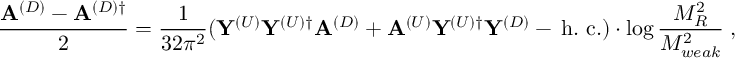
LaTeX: \frac { { \bf A } ^ { ( D ) } - { \bf A } ^ { ( D ) \dagger } } { 2 } = \frac { 1 } { 3 2 \pi ^ { 2 } } ( { \bf Y } ^ { ( U ) } { \bf Y } ^ { ( U ) \dagger } { \bf A } ^ { ( D ) } + { \bf A } ^ { ( U ) } { \bf Y } ^ { ( U ) \dagger } { \bf Y } ^ { ( D ) } - \, \mathrm { h . ~ c . } ) \cdot \log { \frac { M _ { R } ^ { 2 } } { M _ { w e a k } ^ { 2 } } } \; , \nonumber